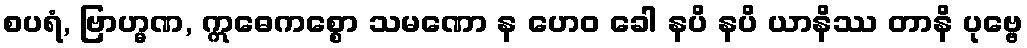
စပရံ, ဗြာဟ္မဏ, ဣဓေကစ္စော သမဏော န ဟေဝ ခေါ နပိ နပိ ယာနိဿ တာနိ ပုဗ္ဗေ